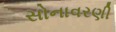
સોનાવરણી